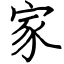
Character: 家